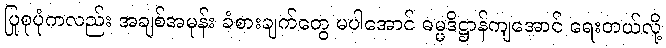
ပြုစုပုံကလည်း အချစ်အမုန်း ခံစားချက်တွေ မပါအောင် ဓမ္မဒိဋ္ဌာန်ကျအောင် ရေးတယ်လို့